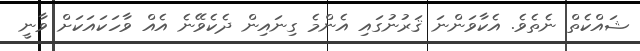
ޝައްކެތް ނެތެވެ. އެކާވަންނަ ޤަރުނުގައި އެންމެ ގިނައިން ދެކެވޭނެ އެއް ވާހަކައަކަށް ވާނީ